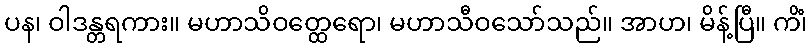
ပန၊ ဝါဒန္တရကား။ မဟာသိဝတ္ထေရော၊ မဟာသီဝသော်သည်။ အာဟ၊ မိန့်ပြီ။ ကိံ၊